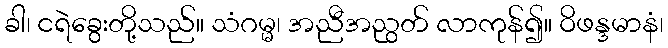
ခါ၊ ငရဲခွေးတို့သည်။ သံဂမ္မ၊ အညီအညွတ် လာကုန်၍။ ဝိဖန္ဒမာနံ၊